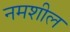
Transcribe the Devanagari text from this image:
नमशील